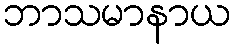
ဘာသမာနာယ